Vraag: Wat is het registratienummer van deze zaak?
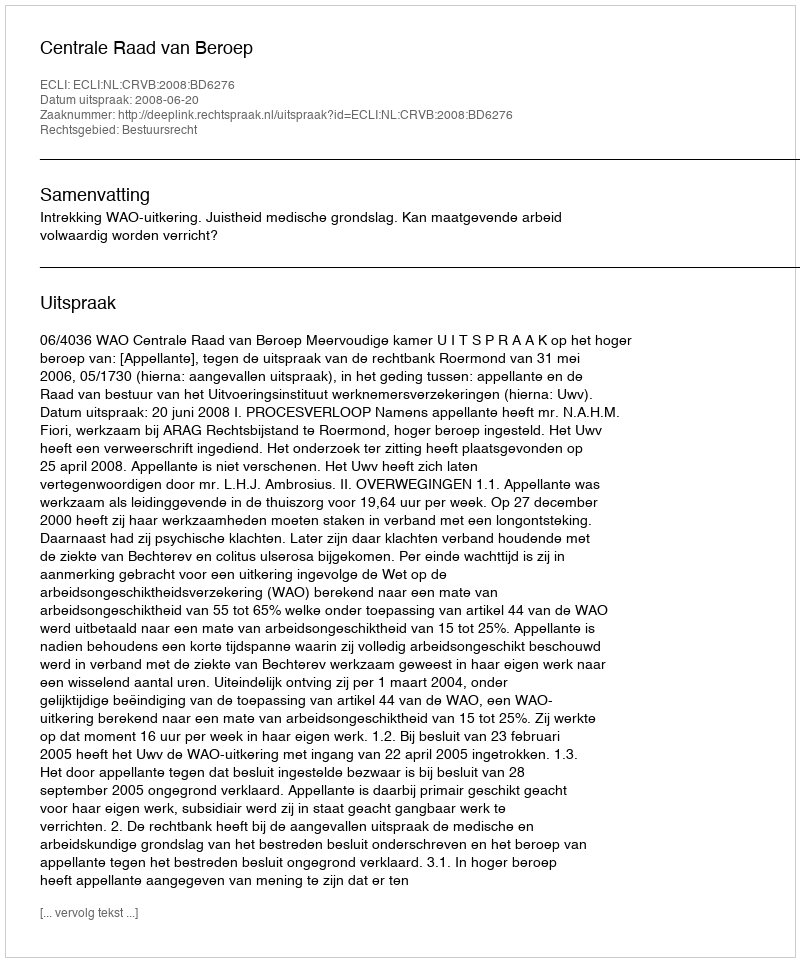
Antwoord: http://deeplink.rechtspraak.nl/uitspraak?id=ECLI:NL:CRVB:2008:BD6276